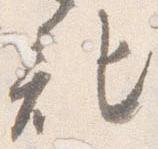
記